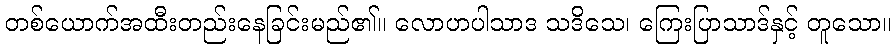
တစ်ယောက်အထီးတည်းနေခြင်းမည်၏။ လောဟပါသာဒ သဒိသေ၊ ကြေးပြာသာဒ်နှင့် တူသော။